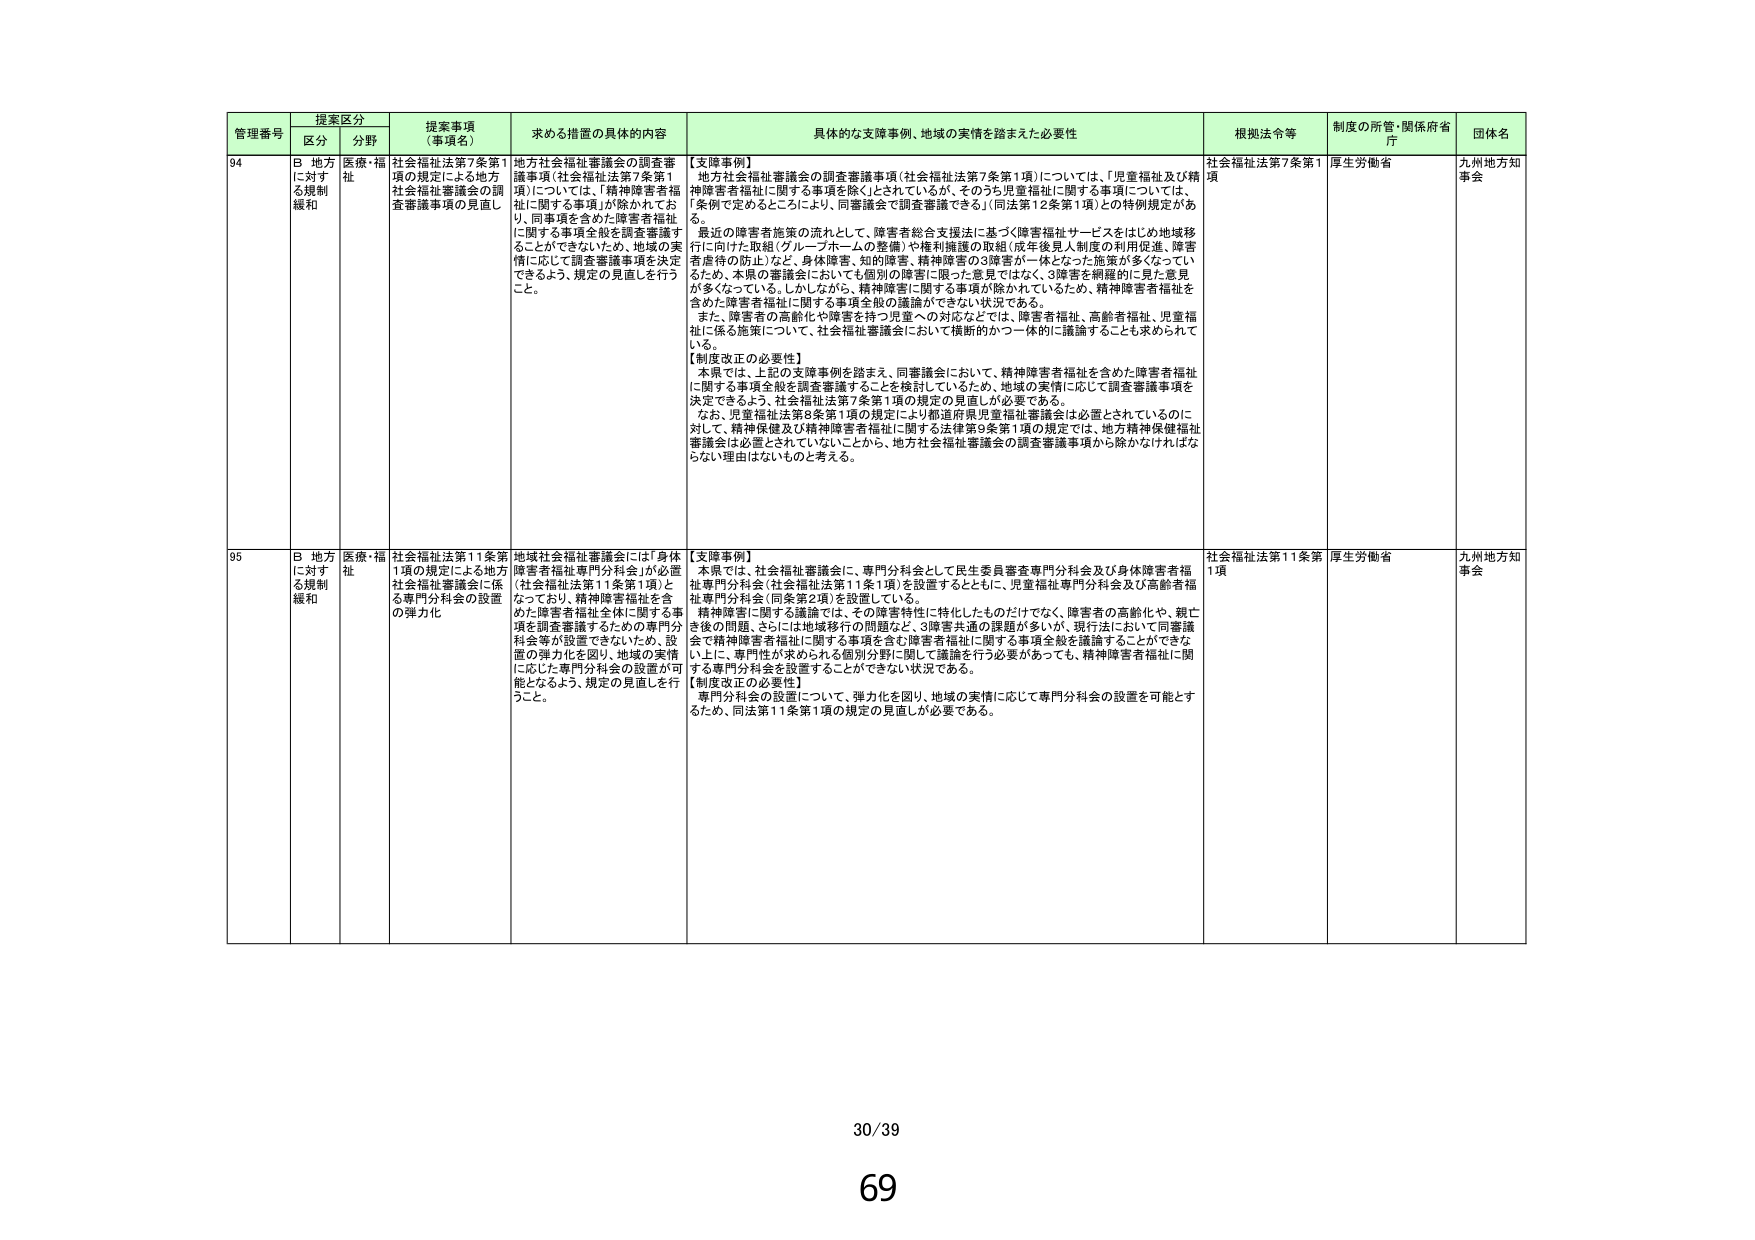
管理番号 提案区分 提案事項（事項名） 求める措置の具体的内容 具体的な支援事例、地域の実情を踏まえた必要性 根拠法令等 制度の所管・関係府省庁 団体名
区分 分野
94 B 地方に対する規制緩和 医療・福祉 社会福祉法第7条第1項の規定による地方社会福祉審議会の調査審議事項の見直し 地方社会福祉審議会の調査審議事項（社会福祉法第7条第1項）については、「精神障害者福祉に関する事項」が除かれており、同事項を含めた障害者福祉に関する事項全般を調査審議することができないため、地域の実情に応じて調査審議事項を決定できるよう、規定の見直しを行うこと。 【支援事例】 地方社会福祉審議会の調査審議事項（社会福祉法第7条第1項）については、「児童福祉及び精神障害者福祉に関する事項を除く」とされているが、そのうち児童福祉に関する事項については、「条例で定めるところにより、同審議会で調査審議できる」（同法第12条第1項）との特例規定がある。 最近の障害者施策の流れとして、障害者総合支援法に基づく障害福祉サービスをはじめ地域移行に向けた取組（グループホームの整備）や権利擁護の取組（成年後見人制度の利用促進、障害者虐待の防止）など、身体障害、知的障害、精神障害の3障害が一体となった施策が多くなっているため、本県の審議会においても個別の障害に限った意見ではなく、3障害を網羅的に見た意見が多くなっている。しかしながら、精神障害に関する事項が除かれているため、精神障害者福祉を含めた障害者福祉に関する事項全般の議論ができない状況である。 また、障害者の高齢化や障害を持つ児童への対応などでは、障害者福祉、高齢者福祉、児童福祉に係る施策について、社会福祉審議会において横断的かつ一体的に議論することも求められている。 【制度改正の必要性】 本県では、上記の支援事例を踏まえ、同審議会において、精神障害者福祉を含めた障害者福祉に関する事項全般を調査審議することを検討しているため、地域の実情に応じて調査審議事項を決定できるよう、社会福祉法第7条第1項の規定の見直しが必要である。 なお、児童福祉法第8条第1項の規定により都道府県児童福祉審議会は必置とされているのにに対して、精神保健及び精神障害者福祉に関する法律第9条第1項の規定では、地方精神保健福祉審議会は必置とされていないことから、地方社会福祉審議会の調査審議事項から除かなければならぬ理由はないものと考える。 社会福祉法第7条第1項 厚生労働省 九州地方知事会
95 B 地方に対する規制緩和 医療・福祉 社会福祉法第11条第1項の規定による地方社会福祉審議会に係る専門分科会の設置の弾力化 地域社会福祉審議会には「身体障害者福祉専門分科会」が必置（社会福祉法第11条第1項）となっており、精神障害福祉を含めた障害者福祉全体に関する事項を調査審議するための専門分科会等が設置できないため、設置の弾力化を図り、地域の実情に応じた専門分科会の設置が可能となるよう、規定の見直しを行うこと。 【支援事例】 本県では、社会福祉審議会に、専門分科会として民生委員審査専門分科会及び身体障害者福祉専門分科会（社会福祉法第11条1項）を設置するとともに、児童福祉専門分科会及び高齢者福祉専門分科会（同条第2項）を設置している。 精神障害に関する議論では、その障害特性に特化したものだけではなく、障害者の高齢化や、親亡き後の問題、さらには地域移行の問題など、3障害共通の課題が多いが、現行法において同審議会で精神障害者福祉に関する事項を含む障害者福祉に関する事項全般を議論することができない上に、専門性が求められる個別分野に関して議論を行う必要があっても、精神障害者福祉に関す専門分科会を設置することができない状況である。 【制度改正の必要性】 専門分科会の設置について、弾力化を図り、地域の実情に応じて専門分科会の設置を可能とするため、同法第11条第1項の規定の見直しが必要である。 社会福祉法第11条第1項 厚生労働省 九州地方知事会
30/39
69